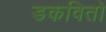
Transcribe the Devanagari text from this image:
डकवितो